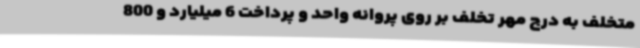
متخلف به درج مهر تخلف بر روی پروانه واحد و پرداخت 6 میلیارد و 800